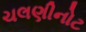
ચલણીનોટ